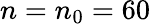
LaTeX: n=n_{0}=60